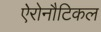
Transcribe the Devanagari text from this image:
ऐरोनौटिकल